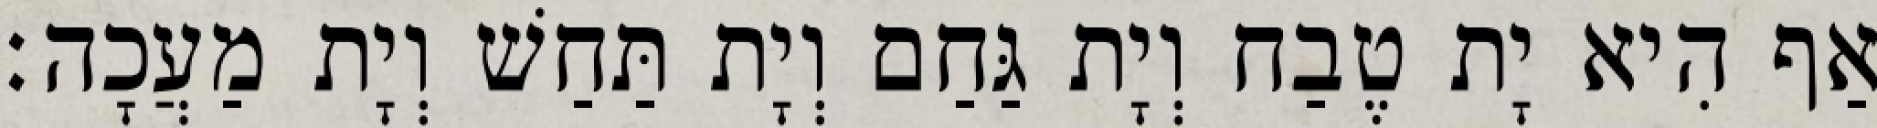
אַף הִיא יָת טֶבַח וְיָת גַּחַם וְיָת תַּחַשׁ וְיָת מַעֲכָה׃